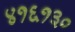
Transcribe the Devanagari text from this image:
४१६१३०